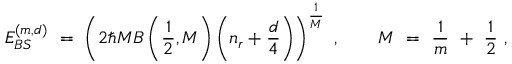
E _ { B S } ^ { ( m , d ) } \ = \ \left( 2 \hbar M B \left( \frac { 1 } { 2 } , M \right) \left( n _ { r } + \frac { d } { 4 } \right) \right) ^ { \frac { 1 } { M } } \ , \qquad M \ = \ \frac { 1 } { m } \ + \ \frac { 1 } { 2 } \ ,